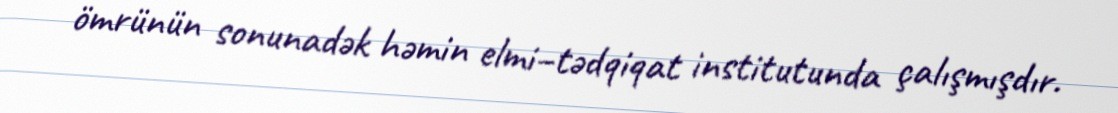
ömrünün sonunadək həmin elmi–tədqiqat institutunda çalışmışdır.